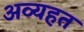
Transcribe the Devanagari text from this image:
अव्यहत